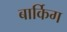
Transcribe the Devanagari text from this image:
बार्किग